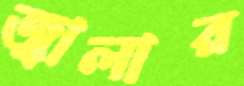
জ্বালার